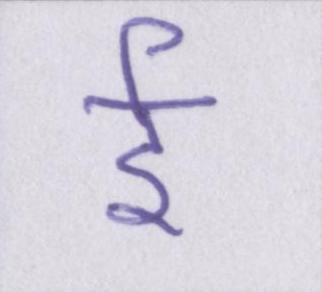
ई